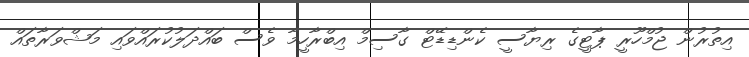
އިތުރުން ޖުމްހޫރީ ޕާޓީގެ ރިޔާސީ ކެންޑިޑޭޓް ގާސިމް އިބްރާހީމާ ވެސް ބައްދަލުކުރައްވައި މަޝްވަރާތައް